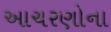
આચરણોના